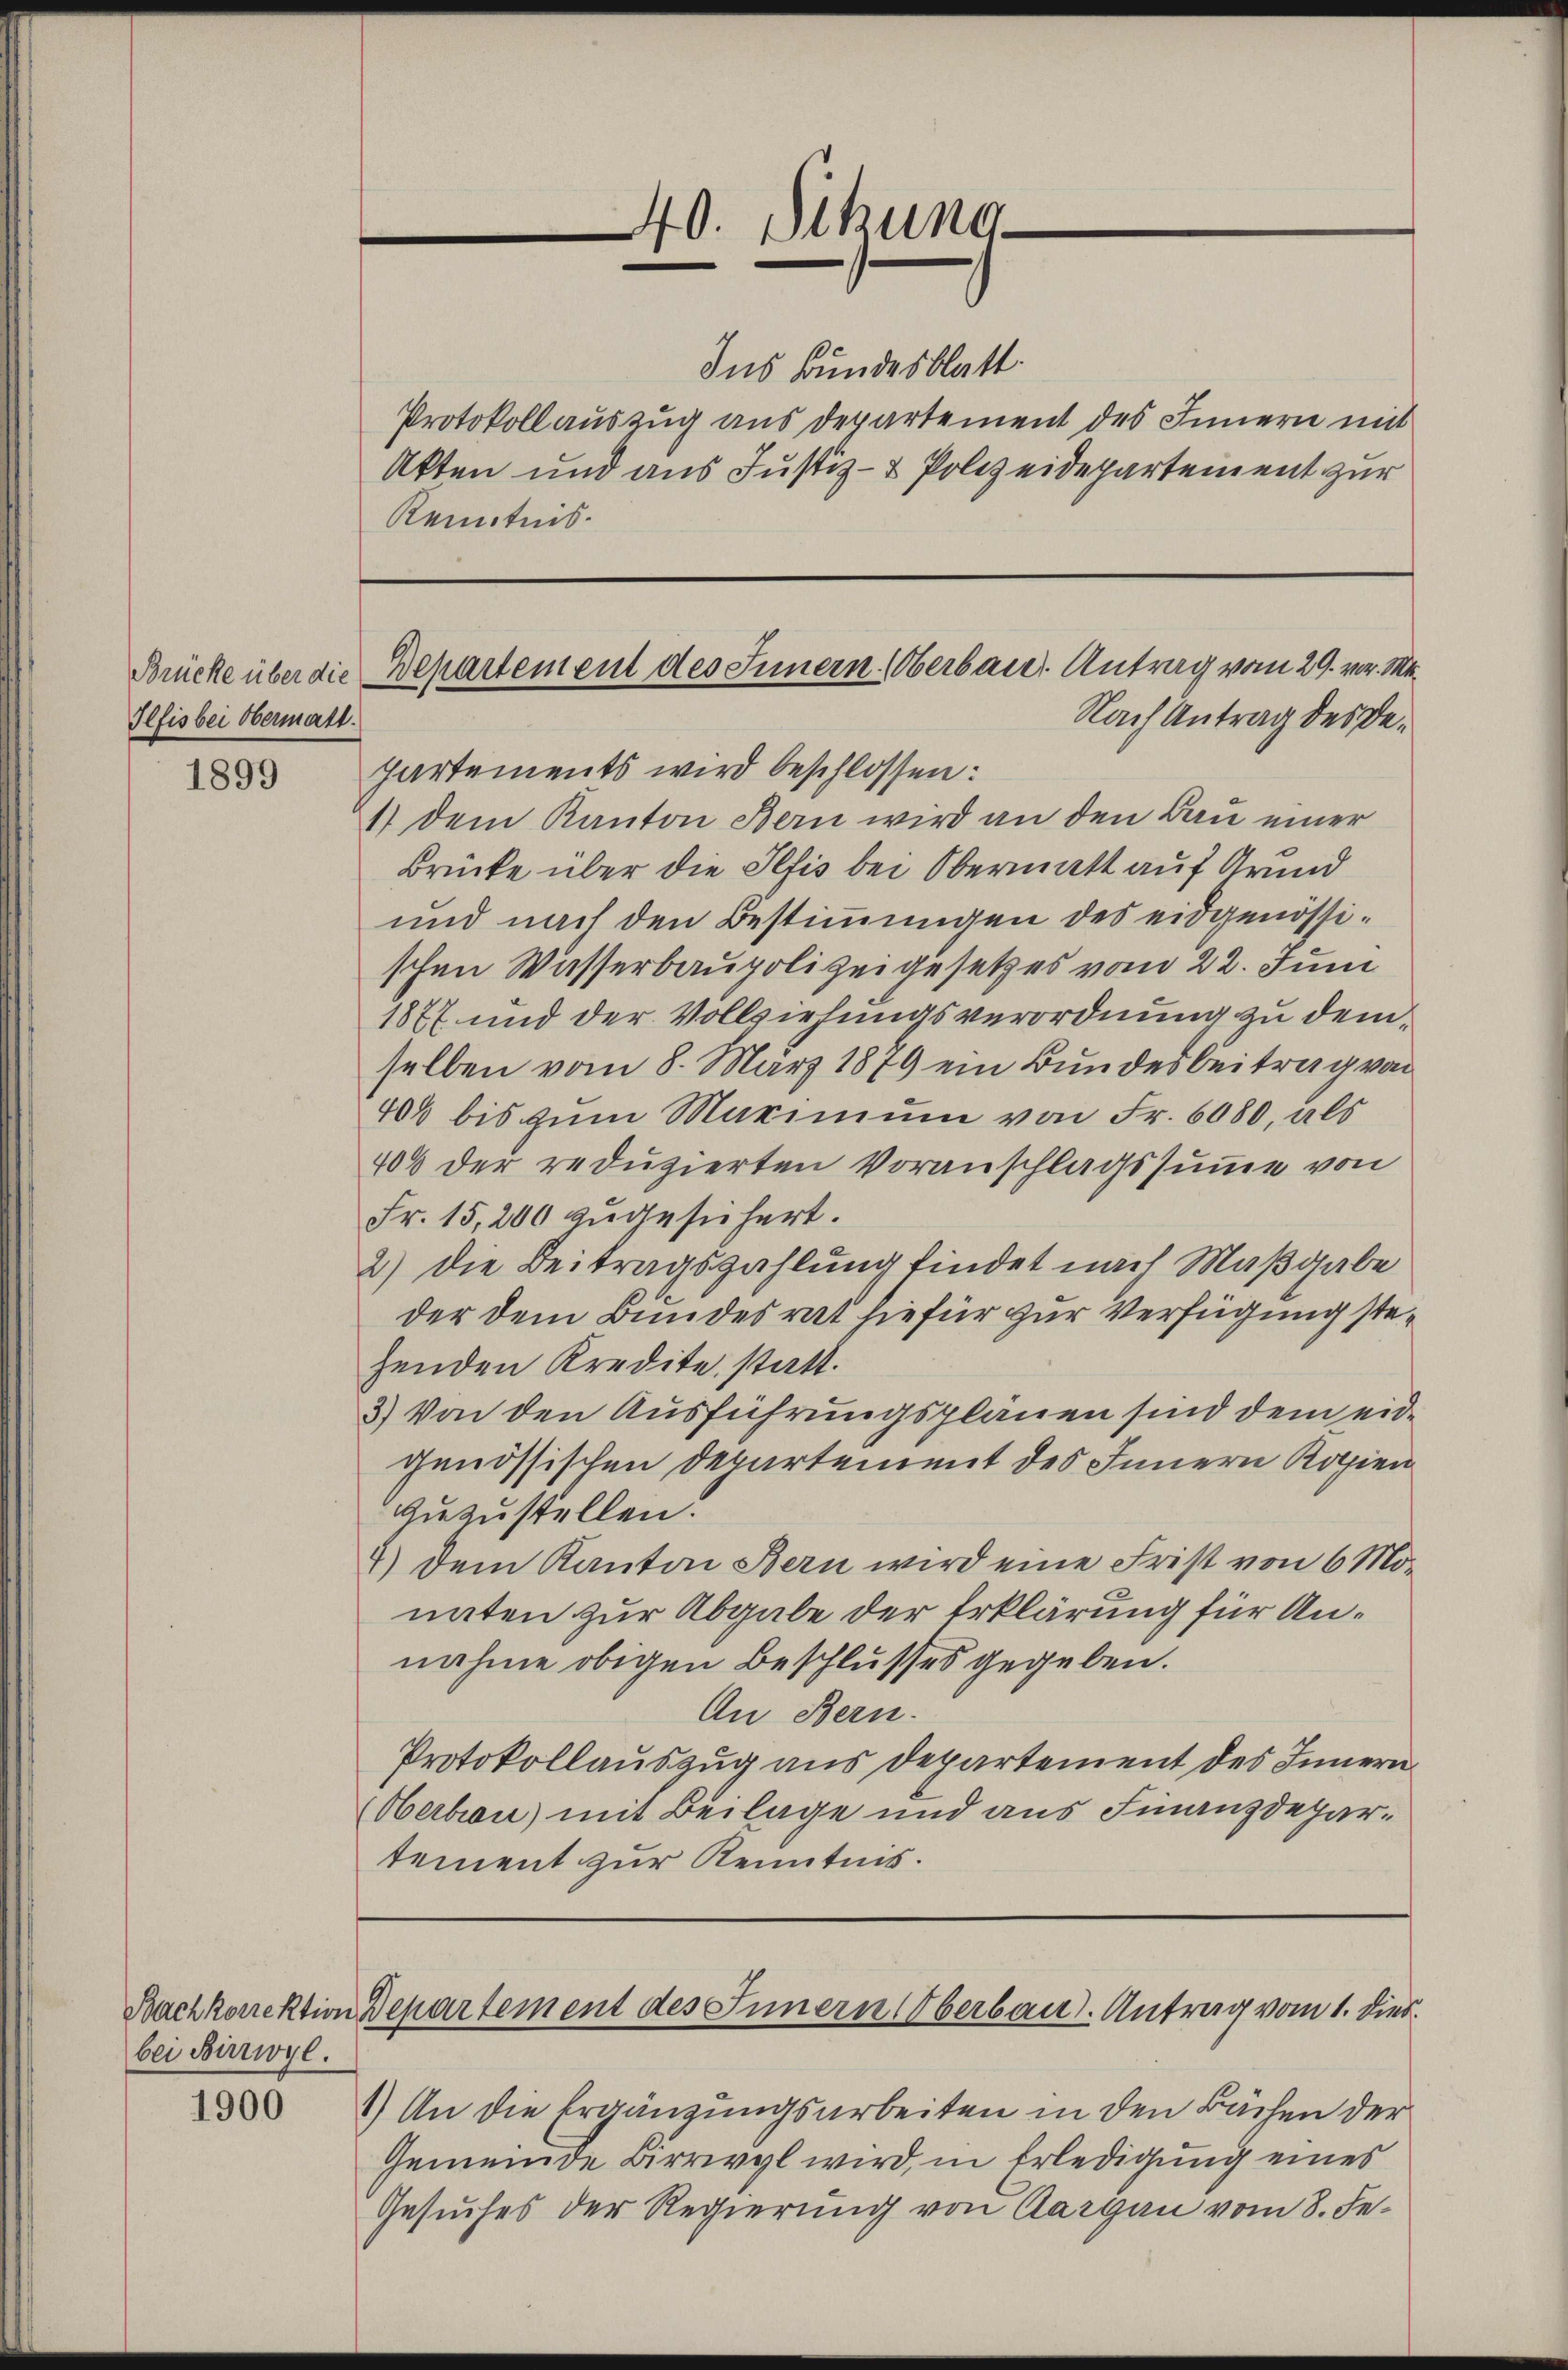
Ilfis bei Obermatt.

1899

bei Birrwyl.

1900

40. Sekung

Protokoll auszug aus Departement des Innern mit
Akten und aus Justiz- & Polizeidepartement zur
Kenntnis.

Ins Bundesblatt.

partements wird beschlossen:
1) dem Kanton Bern wird an den Bau einer
Brücke über die Ilfis bei Obermatt auf Grund
und nach den Bestimmungen des eidgenössischen Wasserbaupolizeigesetzes vom 22. Juni
1877 und der Vollziehungsverordnung zu demselben vom 8. März 1879 ein Bundesbeitrag von
400 bis zum Marimum von Fr. 6080, als
406 der reduzierten Voranschlagssumme von
Fr. 15,200 zugesichert.
2) die Beitragszahlung findet nach Maßgabe
der dem Bundesrat hiefür zur Verfügung stehenden Kredite statt.
3.) Von den Ausführungsplänen sind dem eidgenössischen Departement des Innern Kopien
zuzustellen.
4) dem Kanton Bern wird eine Frist von 6 Mo-
naten zur Abgabe der Erklärung für Annahme obigen Beschlusses gegeben.
An Bern.
Protokollauszug aus Departement des Innern
Oberbrau) mit Beilage und aus Finanzdepartement zur Kenntnis.

Brücke über die Bepartement des Innern (Oberbau Antrag vom 29. vor. Mt.
Nach Antrag des De¬

1.) An die Ergänzungsarbeiten in den Bächen der
Gemeinde Birrwyl wird, in Erledigung eines
Gesuches der Regierung von Aargau vom 8. Fe¬

Bachkorektion Departement des Innern Oberbau. Antrag vom 1. Dies